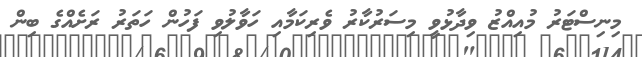
މިނިސްޓަރު މުއިއްޒު ވިދާޅުވީ މިސަރުކާރު ވެރިކަމާއި ހަވާލުވި ފަހުން ހަތަރު ރަށެއްގެ ބިން